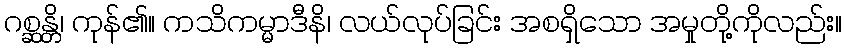
ဂစ္ဆန္တိ၊ ကုန်၏။ ကသိကမ္မာဒီနိ၊ လယ်လုပ်ခြင်း အစရှိသော အမှုတို့ကိုလည်း။